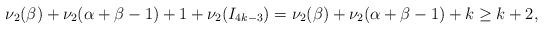
LaTeX: \begin{align*}\nu_{2}(\beta) + \nu_{2}(\alpha+\beta-1) + 1 + \nu_{2}(I_{4k-3}) = \nu_{2}(\beta) + \nu_{2}(\alpha+\beta-1) + k \geq k+2,\end{align*}